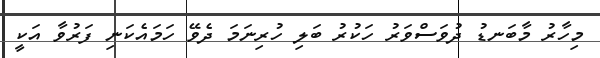
މިހާރު މާބަނޑު ދުވަސްވަރު ހަކުރު ބަލި ހުރިނަމަ ދެވޭ ހަމައެކަނި ފަރުވާ އަކީ